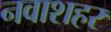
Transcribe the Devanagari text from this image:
नवाशहर